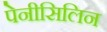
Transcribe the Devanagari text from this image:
पेनीसिलिन